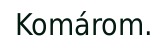
Komárom.